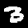
Label: 3